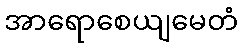
အာရောစေယျမေတံ